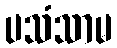
ပသံသာမ